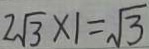
2 \sqrt { 3 } \times 1 = \sqrt { 3 }